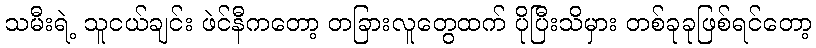
သမီးရဲ့ သူငယ်ချင်း ဖဲင်နီကတော့ တခြားလူတွေထက် ပိုပြီးသိမှား တစ်ခုခုဖြစ်ရင်တော့